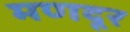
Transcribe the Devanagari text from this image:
मणदूर